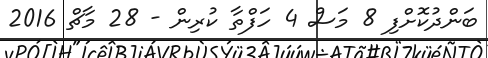
ބަންދުކޮށްފި 8 މަސް 4 ހަފްތާ ކުރިން - 28 މާޗް 2016